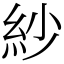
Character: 紗